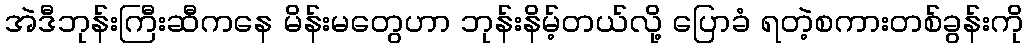
အဲဒီဘုန်းကြီးဆီကနေ မိန်းမတွေဟာ ဘုန်းနိမ့်တယ်လို့ ပြောခံ ရတဲ့စကားတစ်ခွန်းကို